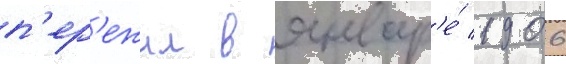
п'ер'ежил в январ'е́ 1906